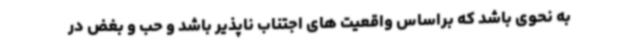
به نحوی باشد که براساس واقعیت های اجتناب ناپذیر باشد و حب و بغض در